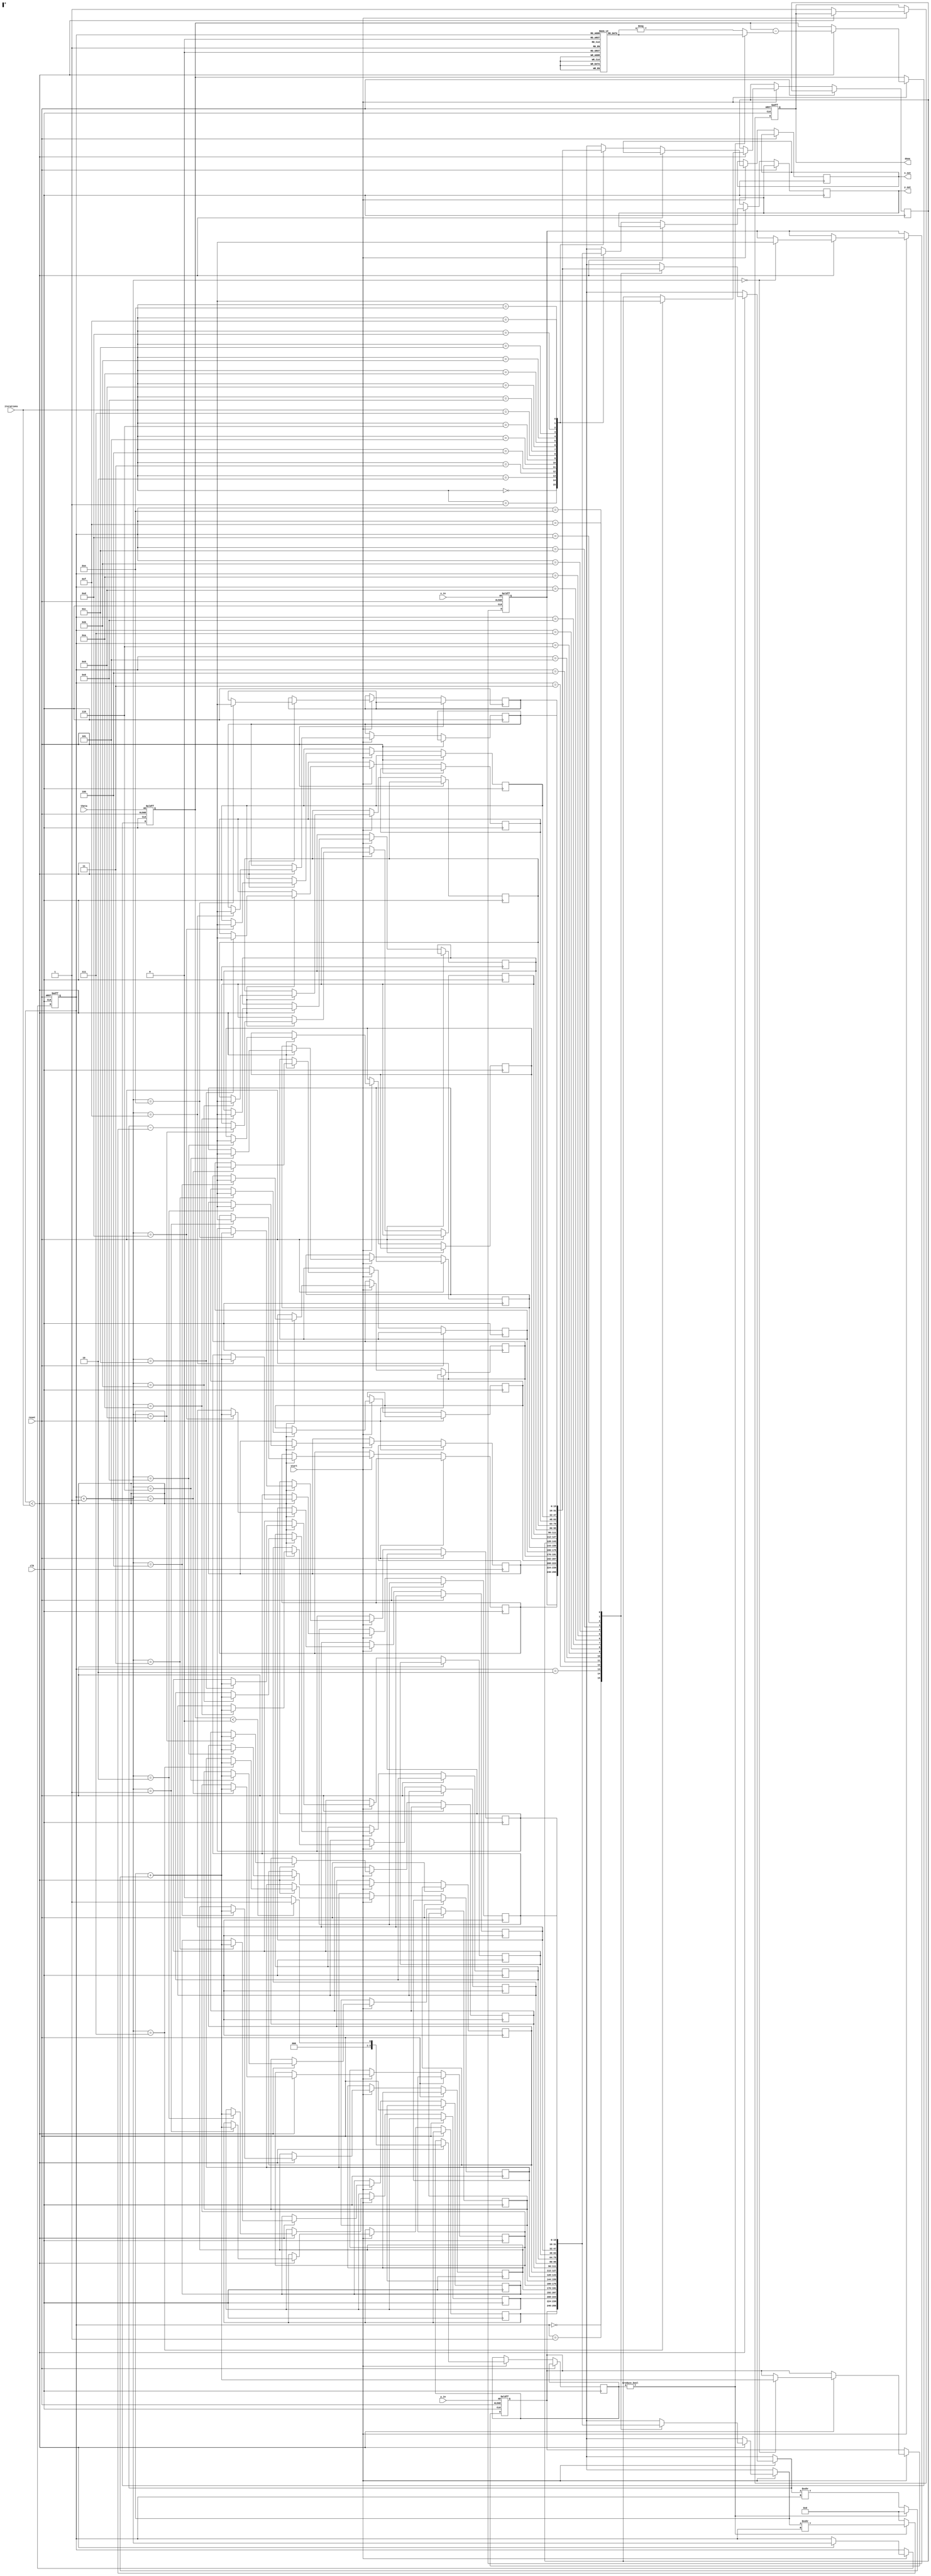
module cordic (
    input wire clk,              // Clock signal
    input wire reset,            // Asynchronous reset
    input wire [15:0] theta,     // Angle input in fixed-point
    input wire [15:0] x_in,      // X coordinate input
    input wire [15:0] y_in,      // Y coordinate input
    input wire start,            // Start signal
    input wire [3:0] iterations,  // Number of iterations
    output reg [15:0] x_out,     // Output X coordinate (cosine)
    output reg [15:0] y_out,     // Output Y coordinate (sine)
    output reg done              // Done signal
);

    reg [15:0] x [0:15];          // Array to hold x values for each iteration
    reg [15:0] y [0:15];          // Array to hold y values for each iteration
    reg [15:0] atan_table [0:15]; // Lookup table for arctangent values
    reg [3:0] i;                  // Iteration counter
    reg [15:0] angle;             // Current angle
    reg [15:0] x_temp, y_temp;    // Temporary variables for calculations
    reg [3:0] d;                  // Direction of rotation (1 or -1)

    // Initialization of the arctangent lookup table
    initial begin
        atan_table[0] = 16'h0000; // atan(0) = 0
        atan_table[1] = 16'h0000; // atan(1) in fixed-point
        atan_table[2] = 16'h0002; // atan(2) in fixed-point
        atan_table[3] = 16'h0004; // atan(3) in fixed-point
        atan_table[4] = 16'h0007; // atan(4) in fixed-point
        // Fill in the rest of atan_table values accordingly
    end

    // CORDIC algorithm process
    always @(posedge clk or posedge reset) begin
        if (reset) begin
            x[0] <= x_in;        // Initialize x
            y[0] <= y_in;        // Initialize y
            angle <= theta;      // Initialize angle
            i <= 0;              // Reset iteration counter
            done <= 0;           // Reset done signal
        end else if (start) begin
            if (i < iterations) begin
                // Determine d based on the current angle
                if (angle < 0) begin
                    d <= 1; // Counter-clockwise rotation
                end else begin
                    d <= 0; // Clockwise rotation
                end

                // Perform the CORDIC rotation
                x_temp = x[i] - (d ? (y[i] >>> i) : 0);
                y_temp = y[i] + (d ? 0 : (x[i] >>> i));

                x[i+1] <= x_temp;   // Update x
                y[i+1] <= y_temp;   // Update y

                // Update angle for next iteration
                angle <= angle - (d ? atan_table[i] : -atan_table[i]);

                i <= i + 1;           // Increment iteration counter
            end else begin
                x_out <= x[iterations]; // Final x output
                y_out <= y[iterations]; // Final y output
                done <= 1;              // Indicate completion
            end
        end
    end

endmodule